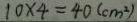
1 0 \times 4 = 4 0 ( c m ^ { 2 } )